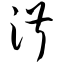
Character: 淑